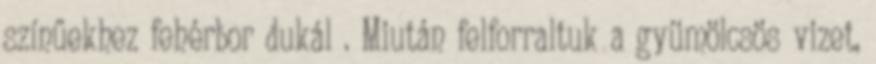
színűekhez fehérbor dukál . Miután felforraltuk a gyümölcsös vizet,